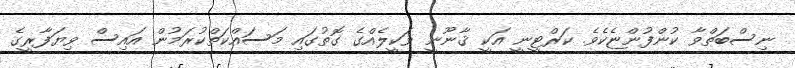
ނިސްބަތްވާ ކުންފުންޏެކެވެ. ކަރްޓީނީ އަކީ ޤާނޫނީ ވަކީލެއްގެ ގޮތުގައި މަސައްކަތްކުރަމުން އައިސް ވިޔަފާރީގެ